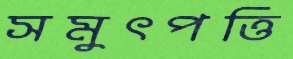
সমুৎপত্তি